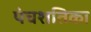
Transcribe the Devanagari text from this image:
पंचशतिका